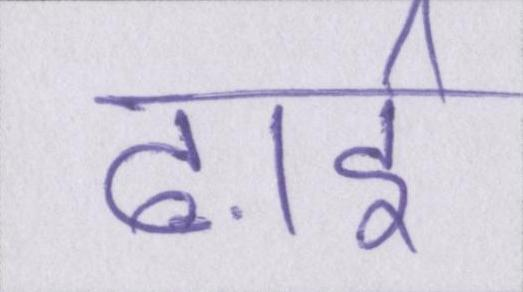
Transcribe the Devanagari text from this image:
ढ़ाई